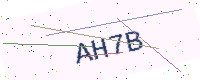
Text: AH7B